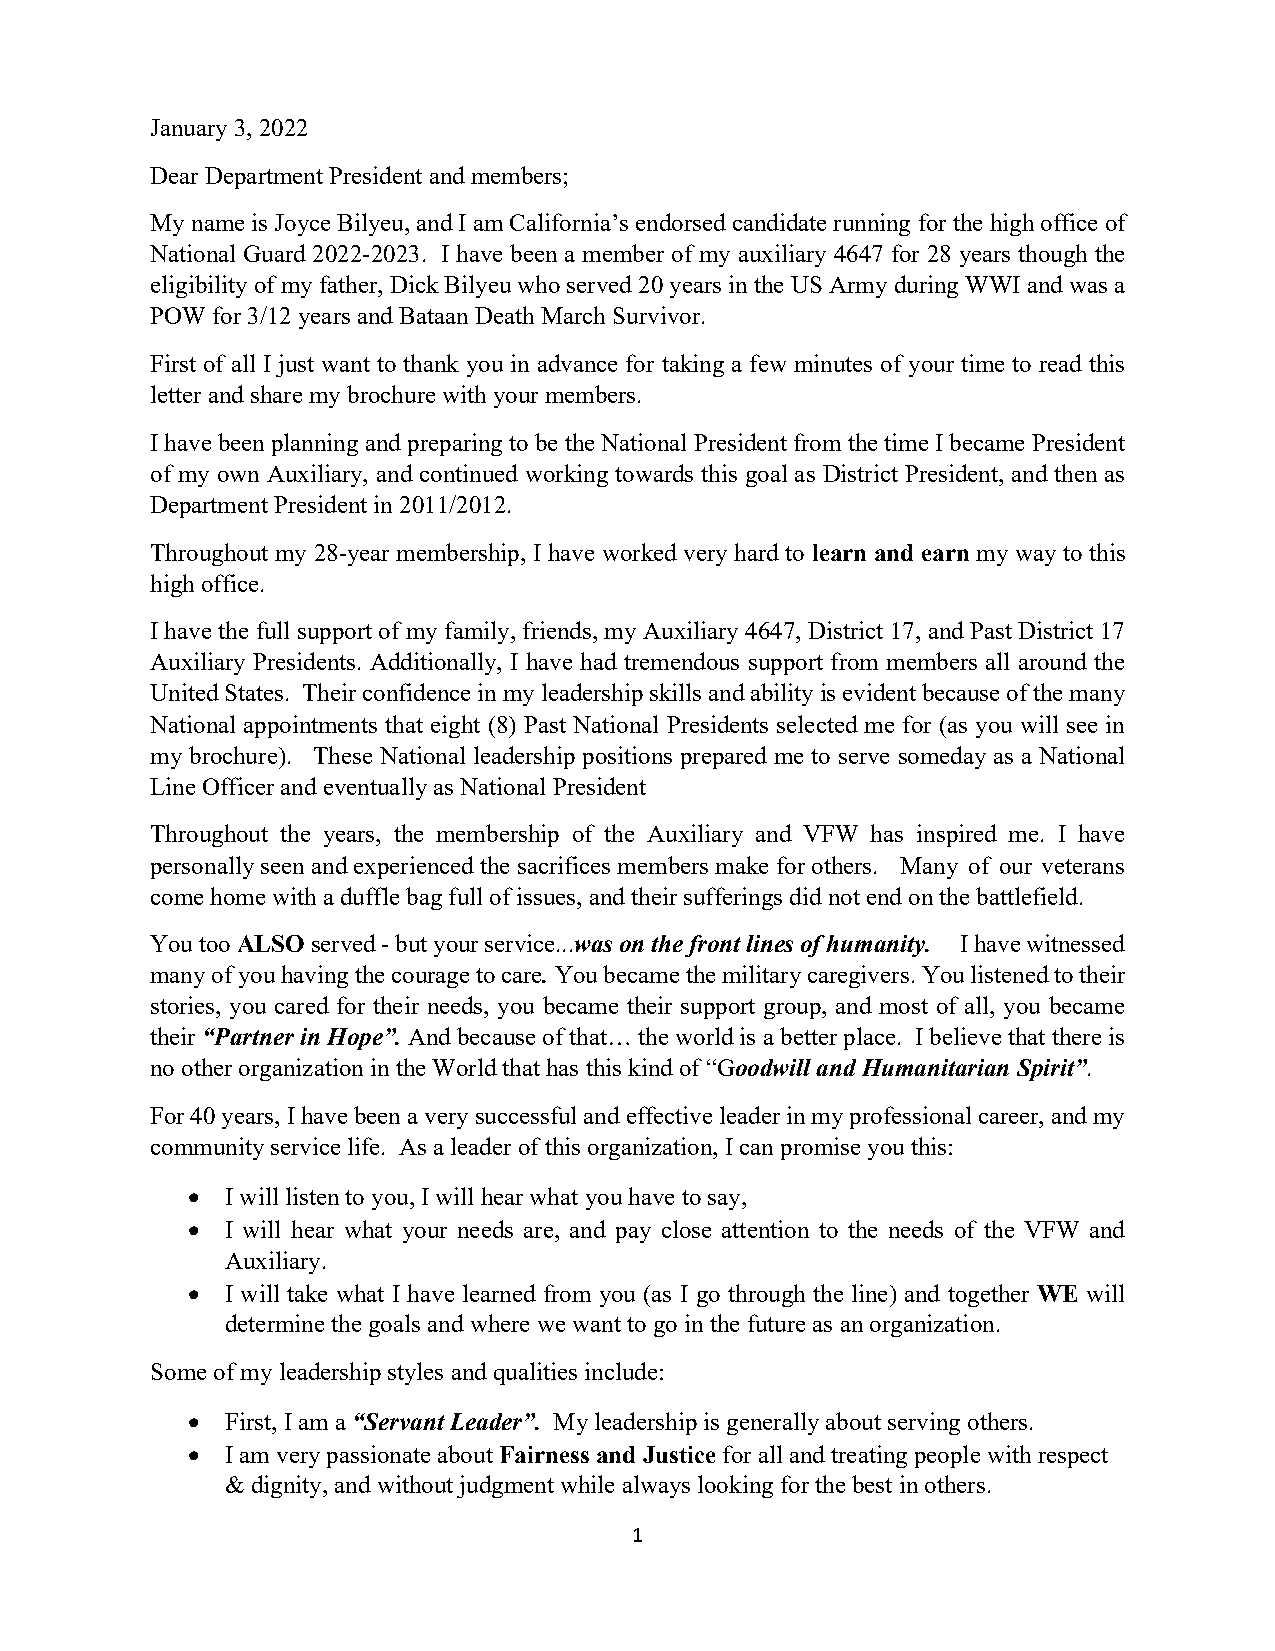
January 3, 2022
 Dear Department President and members;
 My name is Joyce Bilyeu, and I am California’s endorsed candidate running for the high office of
 National Guard 2022-2023. I have been a member of my auxiliary 4647 for 28 years though the
 eligibility of my father, Dick Bilyeu who served 20 years in the US Army during WWI and was a
 POW for 3/12 years and Bataan Death March Survivor.
 First of all I just want to thank you in advance for taking a few minutes of your time to read this
 letter and share my brochure with your members.
 I have been planning and preparing to be the National President from the time I became President
 of my own Auxiliary, and continued working towards this goal as District President, and then as
 Department President in 2011/2012.
 Throughout my 28-year membership, I have worked very hard to learn and earn my way to this
 high office.
 I have the full support of my family, friends, my Auxiliary 4647, District 17, and Past District 17
 Auxiliary Presidents. Additionally, I have had tremendous support from members all around the
 United States. Their confidence in my leadership skills and ability is evident because of the many
 National appointments that eight (8) Past National Presidents selected me for (as you will see in
 my brochure). These National leadership positions prepared me to serve someday as a National
 Line Officer and eventually as National President
 Throughout the years, the membership of the Auxiliary and VFW has inspired me. I have
 personally seen and experienced the sacrifices members make for others. Many of our veterans
 come home with a duffle bag full of issues, and their sufferings did not end on the battlefield.
 You too ALSO served - but your service...was on the front lines of humanity. I have witnessed
 many of you having the courage to care. You became the military caregivers. You listened to their
 stories, you cared for their needs, you became their support group, and most of all, you became
 their “Partner in Hope”. And because of that… the world is a better place. I believe that there is
 no other organization in the World that has this kind of “Goodwill and Humanitarian Spirit”.
 For 40 years, I have been a very successful and effective leader in my professional career, and my
 community service life. As a leader of this organization, I can promise you this:
 •  I will listen to you, I will hear what you have to say,
 •  I will hear what your needs are, and pay close attention to the needs of the VFW and
 Auxiliary.
 •  I will take what I have learned from you (as I go through the line) and together WE will
 determine the goals and where we want to go in the future as an organization.
 Some of my leadership styles and qualities include:
 •  First, I am a “Servant Leader”. My leadership is generally about serving others.
 •  I am very passionate about Fairness and Justice for all and treating people with respect
 & dignity, and without judgment while always looking for the best in others.
 1